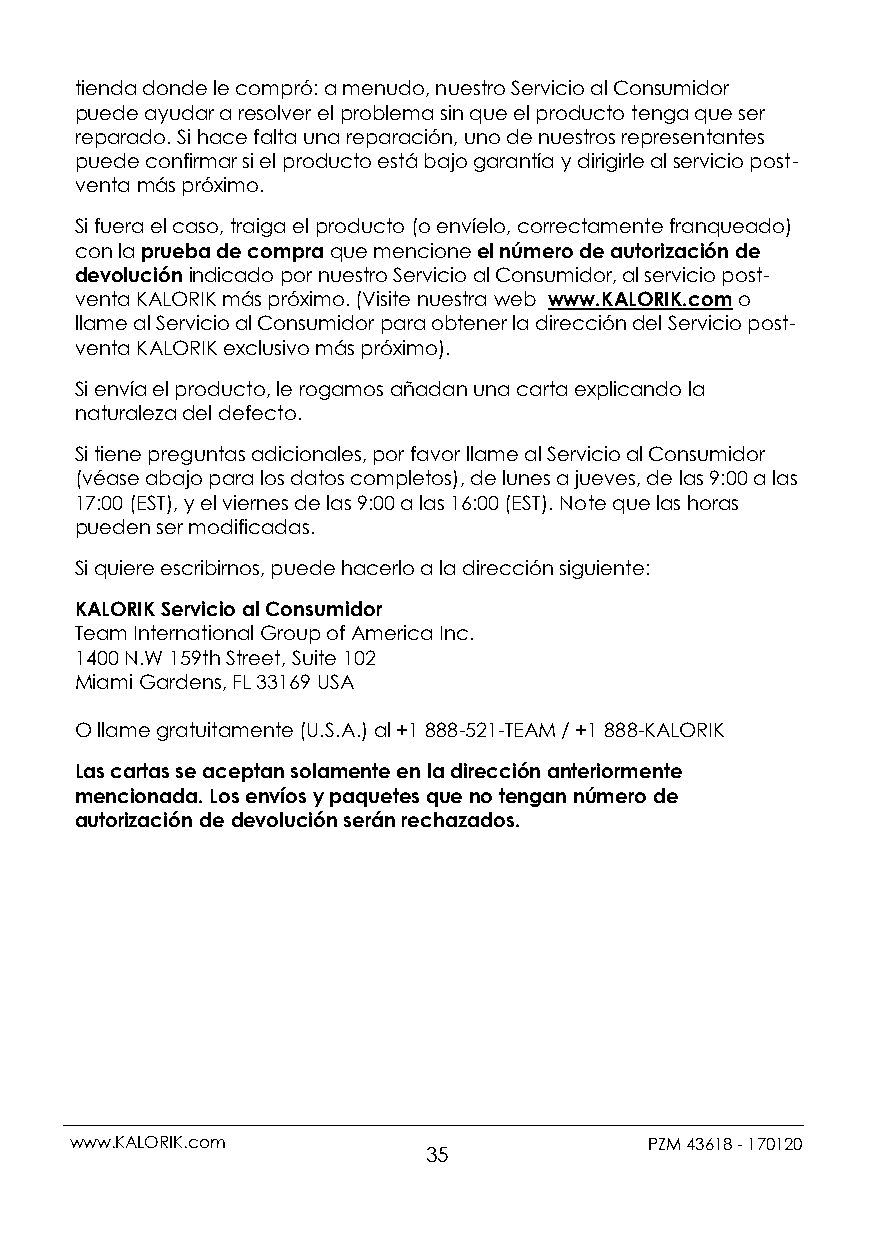
tienda donde le compró: a menudo, nuestro Servicio al Consumidor
 puede ayudar a resolver el problema sin que el producto tenga que ser
 reparado. Si hace falta una reparación, uno de nuestros representantes
 puede confirmar si el producto está bajo garantía y dirigirle al servicio post-
 venta más próximo.
 Si fuera el caso, traiga el producto (o envíelo, correctamente franqueado)
 con la prueba de compra que mencione el número de autorización de
 devolución indicado por nuestro Servicio al Consumidor, al servicio post-
 venta KALORIK más próximo. (Visite nuestra web www.KALORIK.com o
 llame al Servicio al Consumidor para obtener la dirección del Servicio post-
 venta KALORIK exclusivo más próximo).
 Si envía el producto, le rogamos añadan una carta explicando la
 naturaleza del defecto.
 Si tiene preguntas adicionales, por favor llame al Servicio al Consumidor
 (véase abajo para los datos completos), de lunes a jueves, de las 9:00 a las
 17:00 (EST), y el viernes de las 9:00 a las 16:00 (EST). Note que las horas
 pueden ser modificadas.
 Si quiere escribirnos, puede hacerlo a la dirección siguiente:
 KALORIK Servicio al Consumidor
 Team International Group of America Inc.
 1400 N.W 159th Street, Suite 102
 Miami Gardens, FL 33169 USA
 O llame gratuitamente (U.S.A.) al +1 888-521-TEAM / +1 888-KALORIK
 Las cartas se aceptan solamente en la dirección anteriormente
 mencionada. Los envíos y paquetes que no tengan número de
 autorización de devolución serán rechazados.
 www.KALORIK.com                       PZM 43618 - 170120
 35